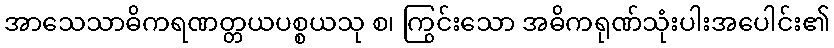
အာသေသာဓိကရဏတ္တယပစ္စယသု စ၊ ကြွင်းသော အဓိကရုဏ်သုံးပါးအပေါင်း၏